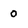
Character: 0